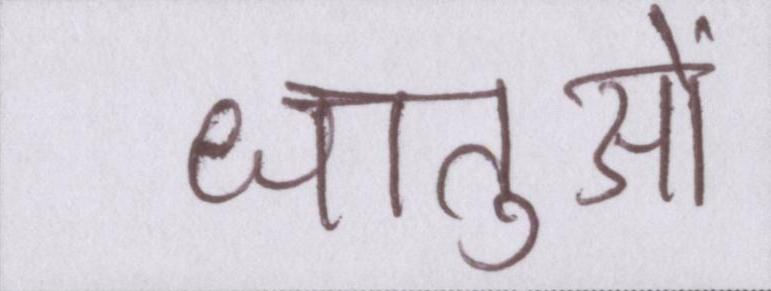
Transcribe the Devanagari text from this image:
धातुओं